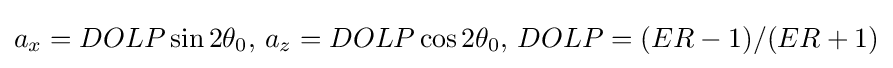
a_{x}=DOLP\sin {2\theta _{0}},\,a_{z}=DOLP\cos {2\theta _{0}},\,DOLP=(ER-1)/(ER+1)